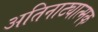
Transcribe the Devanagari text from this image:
अतिनाट्यात्मक